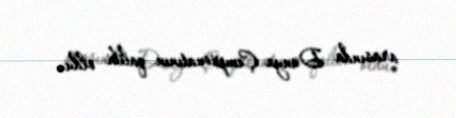
arasında Dünya Çempionatının qalibi oldu.